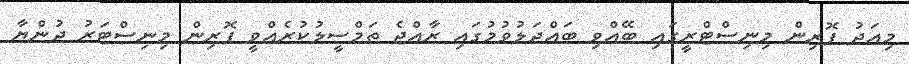
މިއަދު ފޮރިން މިނިސްޓްރީގައި ބޭއްވި ބައްދަލުވުމުގައި ރާއްޖެ ތަމްސީލުކުރެއްވީ ފޮރިން މިނިސްޓަރު ދުންޔާ